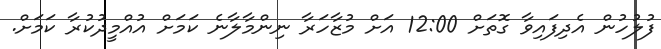
ފުލުހުން އެދިފައިވާ ގޮތަށް 12:00 އަށް މުޒާހަރާ ނިންމާލާނެ ކަމަށް އުއްމީދުކުރާ ކަމަށް.